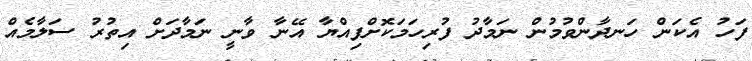
ފަހު އެކަން ހަނދާންވުމުން ނަމާދު ފުރިހަމަކޮށްފިއްޔާ އޭނާ ވާނީ ނަމާދަށް އިތުރު ސަލާމެއް